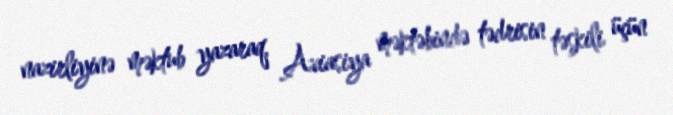
nazirliyinə məktub yazaraq, Aviasiya məktəbində tədrisin təşkili üçün